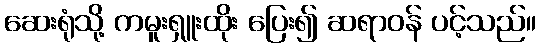
ဆေးရုံသို့ ကမူးရှူးထိုး ပြေး၍ ဆရာဝန် ပင့်သည်။